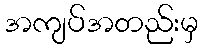
အကျပ်အတည်းမှ